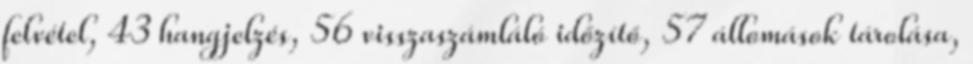
felvétel, 43 hangjelzés, 56 visszaszámláló időzítő, 57 állomások tárolása,